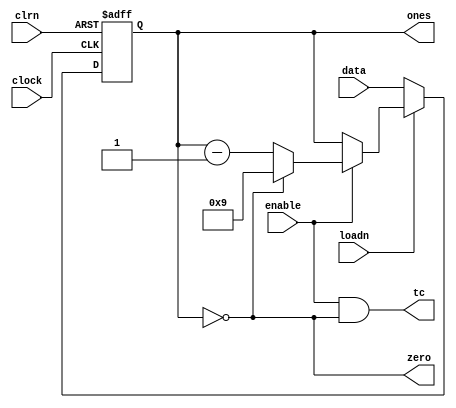
module counter_mod10(output reg [3:0] ones,
                     output wire tc, zero,
                     input wire [3:0] data,
                     input wire loadn, clrn, clock, enable);

assign tc = (enable && (ones==0));
assign zero = ones==0;

always @(posedge clock or negedge clrn) 
begin
  if(!clrn)
  begin
    ones <= 0;
  end
  else if(!loadn)
  begin
    ones <= data;
  end
  else 
  begin
    if (enable)
    begin
        if(ones==0)
            ones<=9;
        else
          ones<=ones-1;        
    end   
  end
end
endmodule